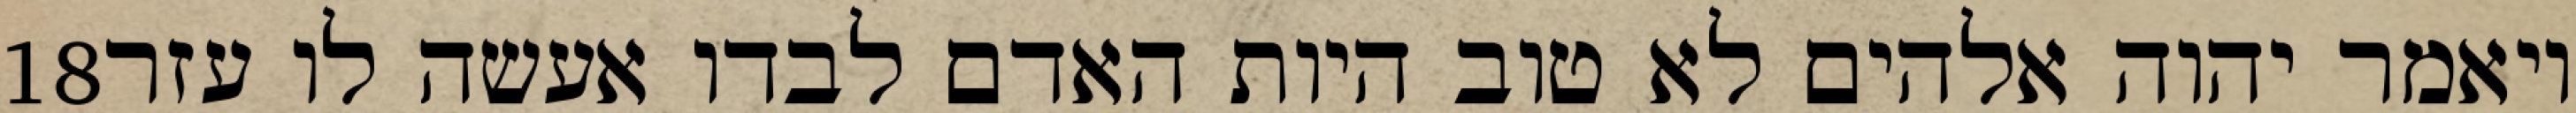
‎18‏ ויאמר יהוה אלהים לא טוב היות האדם לבדו אעשה לו עזר